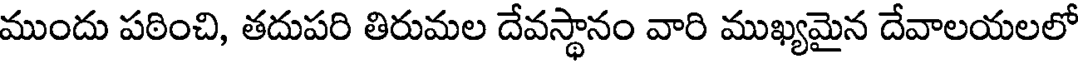
ముందు పఠించి, తదుపరి తిరుమల దేవస్థానం వారి ముఖ్యమైన దేవాలయలలో